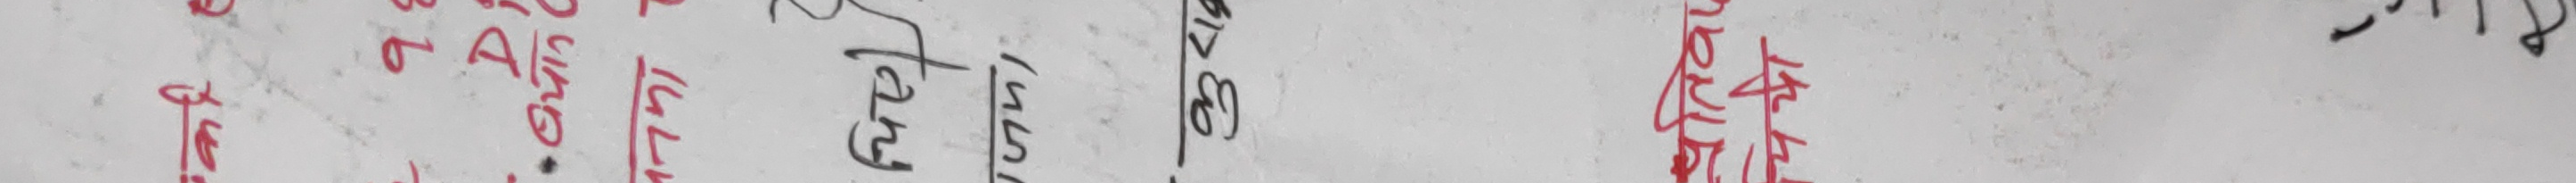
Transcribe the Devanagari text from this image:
गुराँस सिगरेट मन | पिट ई